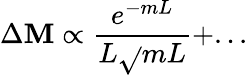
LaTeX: \Delta\mathbf{M}\propto\frac{{e^{-mL}}}{{L\sqrt{}{{mL}}}}+...